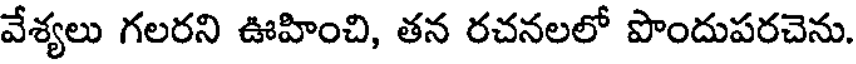
వేశ్యలు గలరని ఊహించి, తన రచనలలో పొందుపరచెను.